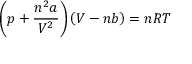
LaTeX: \left( p + { \frac { n ^ { 2 } a } { V ^ { 2 } } } \right) \left( V - n b \right) = n R T